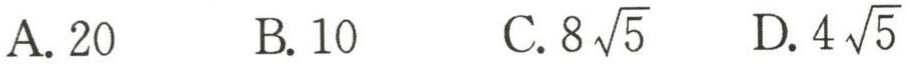
A. \(20\)  B. \(10\)  C. \(8\sqrt{5}\)  D. \(4\sqrt{5}\)